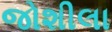
જોશીલા